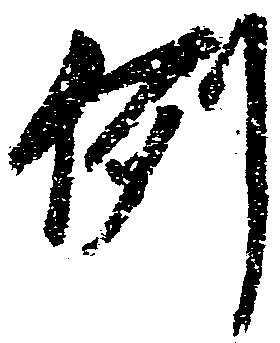
例